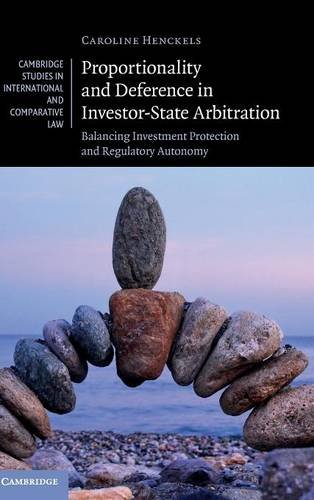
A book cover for Proportionality and Deference in Investor-State Arbitration: Balancing Investment Protection and Regulatory Autonomy (Cambridge Studies in International and Comparative Law); Caroline Henckels; Law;